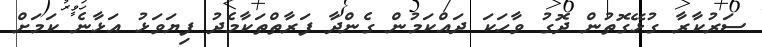
ސަރުކާރާ ގުޅޭގޮތުން ދޮގު ވާހަކަ ދައްކަމުން ގެންދާ ފަރާތްތަކާމެދު ފިޔަވަޅު އަޅާނެ ކަމަށް